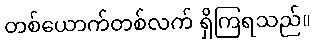
တစ်ယောက်တစ်လက် ရှိကြရသည်။